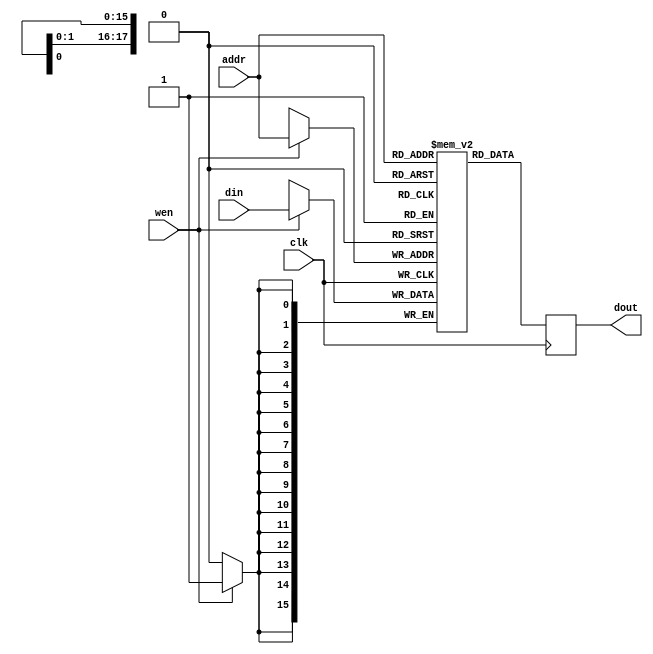
/*
Distributed under the MIT license.
Copyright (c) 2022 Elton Shih (beebdev@gmail.com)

Permission is hereby granted, free of charge, to any person obtaining a copy of
this software and associated documentation files (the "Software"), to deal in
the Software without restriction, including without limitation the rights to
use, copy, modify, merge, publish, distribute, sublicense, and/or sell copies
of the Software, and to permit persons to whom the Software is furnished to do
so, subject to the following conditions:

The above copyright notice and this permission notice shall be included in all
copies or substantial portions of the Software.

THE SOFTWARE IS PROVIDED "AS IS", WITHOUT WARRANTY OF ANY KIND, EXPRESS OR
IMPLIED, INCLUDING BUT NOT LIMITED TO THE WARRANTIES OF MERCHANTABILITY,
FITNESS FOR A PARTICULAR PURPOSE AND NONINFRINGEMENT. IN NO EVENT SHALL THE
AUTHORS OR COPYRIGHT HOLDERS BE LIABLE FOR ANY CLAIM, DAMAGES OR OTHER
LIABILITY, WHETHER IN AN ACTION OF CONTRACT, TORT OR OTHERWISE, ARISING FROM,
OUT OF OR IN CONNECTION WITH THE SOFTWARE OR THE USE OR OTHER DEALINGS IN THE
SOFTWARE.
*/

/*
 * Description: Dual port BRAM for storing reference sequence for the DTW core
 *
 * Changes:     Author         Description
 *  03/31/2022  Elton Shih     Initial Commit
 */

`timescale 1ns / 1ps

module dtw_core_ref_mem #(
    parameter width     = 16,
    parameter ptrWid    = 18,
    parameter depth     = 2**ptrWid,
    parameter initalize = 0
)(
    input   wire                clk,

    input   wire                wen,
    input   wire [ptrWid-1:0]   addr,
    input   wire [width-1:0]    din,
    output  reg  [width-1:0]    dout
);

/* ===============================
 * registes/wires
 * =============================== */
(* ram_style = "block" *) 
reg [width-1:0] MEM [0:depth-1];
// reg [depth-1:0] i; // only used for simulation, comment out for synthesis
/* ===============================
 * initialisation
 * =============================== */
//initial begin
//    if (initalize) begin
//        $readmemb("data/reference.txt", MEM);
//    // end else begin
//    //     // only used for simulation, comment out for synthesis
//    //     for (i=0; i<depth; i=i+1) begin
//    //         MEM[i] = 0;
//    //     end
//    end
//end

/* ===============================
 * synchronous logic
 * =============================== */
// Write
always @(posedge clk) begin
	if (wen) begin
		MEM[addr] <= din;
	end
end

// Read
always @(posedge clk) begin
    dout <= MEM[addr];
end

endmodule